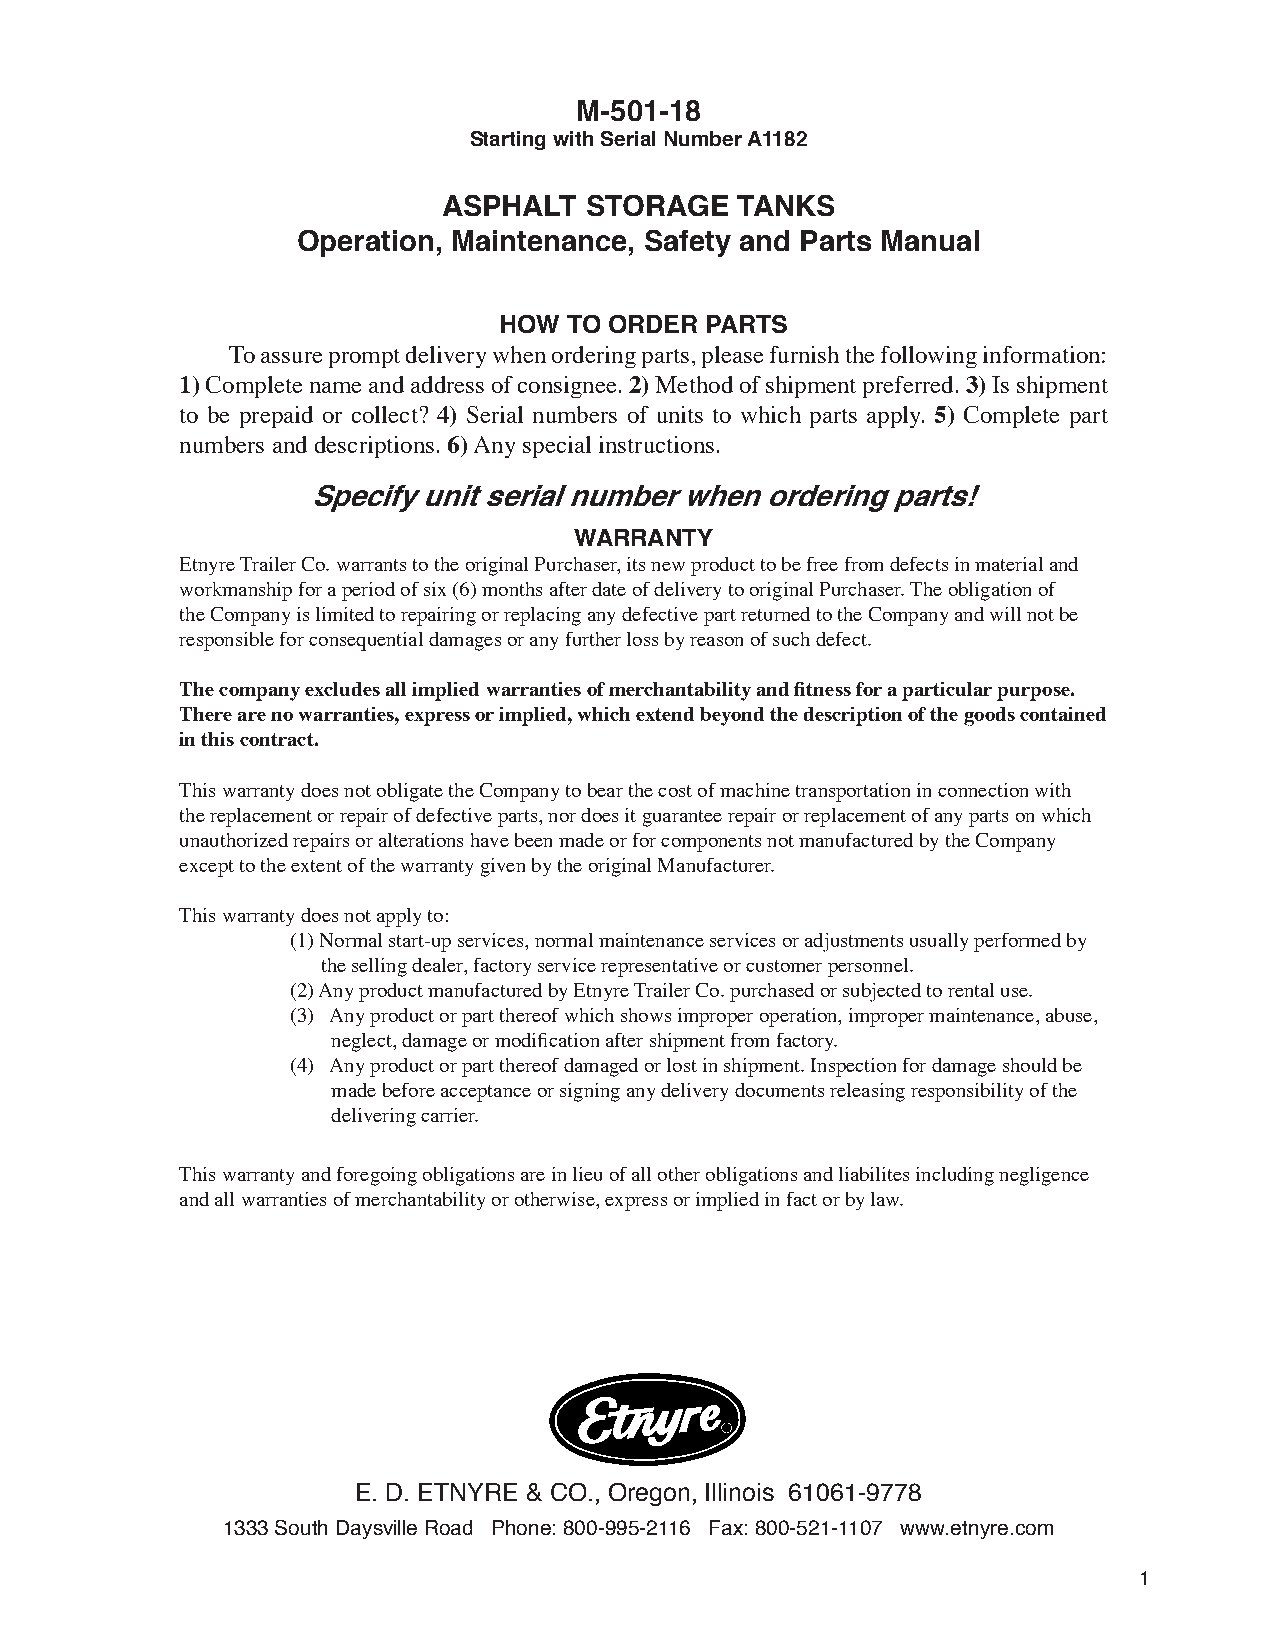
M-501-18
 Starting with Serial Number A1182
 ASPHALT   STORAGE   TANKS
 Operation, Maintenance, Safety and Parts Manual
 HOW  TO ORDER PARTS
 To assure prompt delivery when ordering parts, please furnish the following information:
 1) Complete name and address of consignee. 2) Method of shipment preferred. 3) Is shipment
 to be prepaid or collect? 4) Serial numbers of units to which parts apply. 5) Complete part
 numbers and descriptions. 6) Any special instructions.
 Specify unit serial number when ordering parts!
 WARRANTY
 Etnyre Trailer Co. warrants to the original Purchaser, its new product to be free from defects in material and
 workmanship for a period of six (6) months after date of delivery to original Purchaser. The obligation of
 the Company is limited to repairing or replacing any defective part returned to the Company and will not be
 responsible for consequential damages or any further loss by reason of such defect.
 The company excludes all implied warranties of merchantability and fitness for a particular purpose.
 There are no warranties, express or implied, which extend beyond the description of the goods contained
 in this contract.
 This warranty does not obligate the Company to bear the cost of machine transportation in connection with
 the replacement or repair of defective parts, nor does it guarantee repair or replacement of any parts on which
 unauthorized repairs or alterations have been made or for components not manufactured by the Company
 except to the extent of the warranty given by the original Manufacturer.
 This warranty does not apply to:
 (1) Normal start-up services, normal maintenance services or adjustments usually performed by
 the selling dealer, factory service representative or customer personnel.
 (2) Any product manufactured by Etnyre Trailer Co. purchased or subjected to rental use.
 (3) Any product or part thereof which shows improper operation, improper maintenance, abuse,
 neglect, damage or modification after shipment from factory.
 (4) Any product or part thereof damaged or lost in shipment. Inspection for damage should be
 made before acceptance or signing any delivery documents releasing responsibility of the
 delivering carrier.
 This warranty and foregoing obligations are in lieu of all other obligations and liabilites including negligence
 and all warranties of merchantability or otherwise, express or implied in fact or by law.
 E. D. ETNYRE & CO., Oregon, Illinois 61061-9778
 1333 South Daysville Road Phone: 800-995-2116 Fax: 800-521-1107 www.etnyre.com
 1